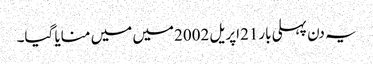
یہ دن پہلی بار21اپریل 2002میں میں منایا گیا۔